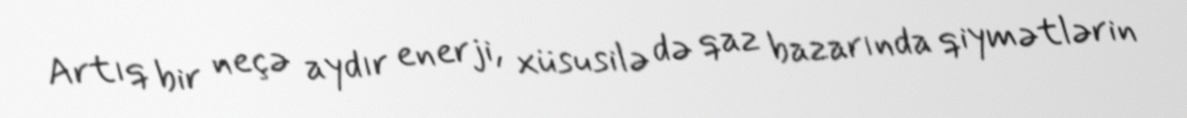
Artıq bir neçə aydır enerji, xüsusilə də qaz bazarında qiymətlərin